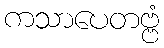
ကသာပေတဗ္ဗံ